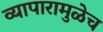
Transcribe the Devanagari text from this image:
व्यापारामुळेच